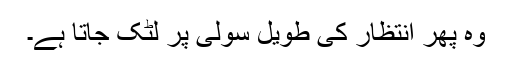
وہ پھر انتظار کی طویل سولی پر لٹک جاتا ہے۔